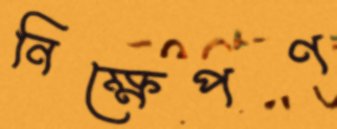
নিক্ষেপণ